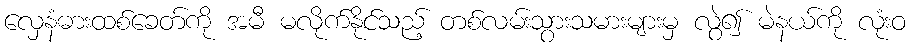
လှေနံဓားထစ်ခေတ်ကို အမီ မလိုက်နိုင်သည့် တစ်လမ်းသွားသမားများမှ လွဲ၍ မဲနယ်ကို လုံးဝ